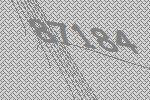
87184